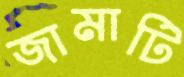
জামাটি